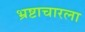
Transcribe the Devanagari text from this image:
भ्रष्टाचारला